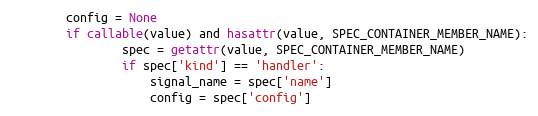
Language: Python
        config = None
        if callable(value) and hasattr(value, SPEC_CONTAINER_MEMBER_NAME):
                spec = getattr(value, SPEC_CONTAINER_MEMBER_NAME)
                if spec['kind'] == 'handler':
                    signal_name = spec['name']
                    config = spec['config']